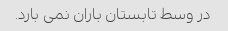
در وسط تابستان باران نمی بارد.